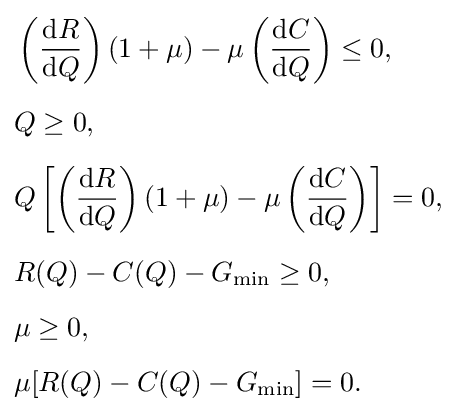
{\begin{aligned}&\left({\frac {{\text{d}}R}{{\text{d}}Q}}\right)(1+\mu )-\mu \left({\frac {{\text{d}}C}{{\text{d}}Q}}\right)\leq 0,\\[5pt]&Q\geq 0,\\[5pt]&Q\left[\left({\frac {{\text{d}}R}{{\text{d}}Q}}\right)(1+\mu )-\mu \left({\frac {{\text{d}}C}{{\text{d}}Q}}\right)\right]=0,\\[5pt]&R(Q)-C(Q)-G_{\min }\geq 0,\\[5pt]&\mu \geq 0,\\[5pt]&\mu [R(Q)-C(Q)-G_{\min }]=0.\end{aligned}}